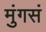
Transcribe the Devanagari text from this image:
मुंगसं